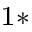
^ { 1 \ast }